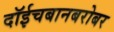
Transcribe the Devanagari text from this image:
दॉईचबानबरोबर